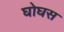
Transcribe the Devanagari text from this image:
घोघस